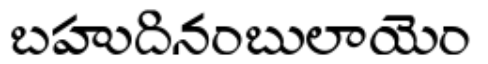
బహుదినంబులాయెం